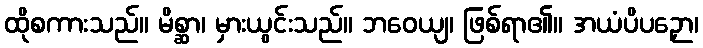
ထိုစကားသည်။ မိစ္ဆာ၊ မှားယွင်းသည်။ ဘဝေယျ၊ ဖြစ်ရာ၏။ အယံပိပဉှော၊